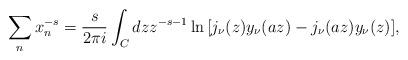
LaTeX: \begin{align*}\sum_n x_n^{-s}={s\over 2\pi i}\int_C dz z^{-s-1}\ln{\left[j_\nu (z) y_\nu (a z) - j_\nu (az) y_\nu (z)\right]},\end{align*}